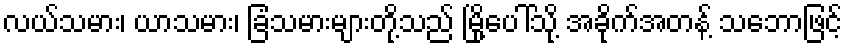
လယ်သမား၊ ယာသမား၊ ခြံသမားများတို့သည် မြို့ပေါ်သို့ အခိုက်အတန့် သဘောဖြင့်